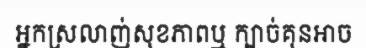
អ្នកស្រលាញ់សុខភាពឬ ក្បាច់គុនអាច